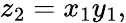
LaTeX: z_{2}=x_{1}y_{1},